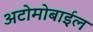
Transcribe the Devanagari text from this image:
अटोमोबाईल